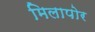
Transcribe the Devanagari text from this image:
मिलापोर